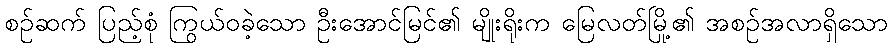
စဉ်ဆက် ပြည့်စုံ ကြွယ်ဝခဲ့သော ဦးအောင်မြင်၏ မျိုးရိုးက မြေလတ်မြို့၏ အစဉ်အလာရှိသော